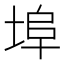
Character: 埠